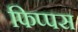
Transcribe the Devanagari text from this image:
फिप्पस